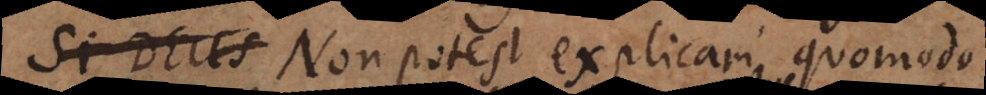
Si Deus Non potest explicari quomodo